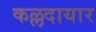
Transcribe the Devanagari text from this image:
कल्लदायार